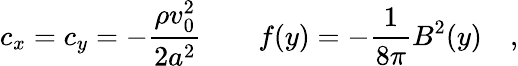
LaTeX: c_{x}=c_{y}=-\frac{\rho v_{0}^{2}}{2a^{2}}\qquad f(y)=-\frac{1}{8\pi}B^{2}(y)\quad,